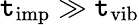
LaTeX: \mathtt{t}_{\mathrm{{imp}}}\gg\mathtt{t}_{\mathrm{{vib}}}